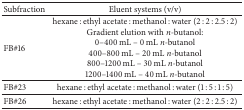
<table><thead><tr><td><b>Subfraction</b></td><td><b>Eluent systems (v/v)</b></td></tr></thead><tbody><tr><td>FB#16</td><td>hexane : ethyl acetate : methanol : water (2 : 2 : 2.5 : 2)Gradient elution with <i>n</i>-butanol:0–400 mL – 0 mL <i>n-</i>butanol400–800 mL – 20 mL <i>n-</i>butanol800–1200 mL – 30 mL <i>n-</i>butanol1200–1400 mL – 40 mL <i>n-</i>butanol</td></tr><tr><td>FB#23</td><td>hexane : ethyl acetate : methanol : water (1 : 5 : 1 : 5)</td></tr><tr><td>FB#26</td><td>hexane : ethyl acetate : methanol : water (2 : 2 : 2.5 : 2)</td></tr></tbody></table>